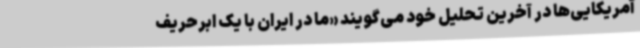
آمریکایی‌ها در آخرین تحلیل خود می‌گویند «ما در ایران با یک ابرحریف